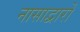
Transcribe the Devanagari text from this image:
नासाद्वारों